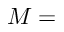
M =